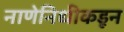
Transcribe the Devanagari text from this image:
नाणेनिधीकडून